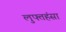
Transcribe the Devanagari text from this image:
लुफ्तहंसा